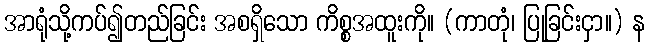
အာရုံသို့ကပ်၍တည်ခြင်း အစရှိသော ကိစ္စအထူးကို။ (ကာတုံ၊ ပြုခြင်းငှာ။) န